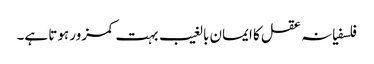
فلسفیانہ عقل کا ایمان بالغیب بہت کمزور ہوتا ہے۔